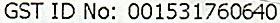
GST ID NO: 001531760640